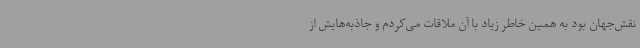
نقش‌جهان بود به همین خاطر زیاد با آن ملاقات می‌کردم و جاذبه‌هایش از